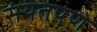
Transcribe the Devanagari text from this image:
संयतपणे